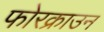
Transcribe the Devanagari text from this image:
फोरक्राउन